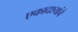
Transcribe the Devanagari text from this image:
एकादश्यांचे